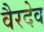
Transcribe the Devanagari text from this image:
वैरदेव